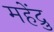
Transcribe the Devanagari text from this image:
महेंद्रु